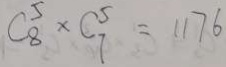
C _ { 8 } ^ { 5 } \times C _ { 7 } ^ { 5 } = 1 1 7 6